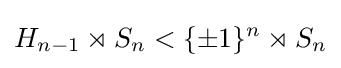
H_{n-1}\rtimes S_{n}<\{\pm 1\}^{n}\rtimes S_{n}